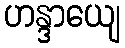
ဟန္ဒာယျေ